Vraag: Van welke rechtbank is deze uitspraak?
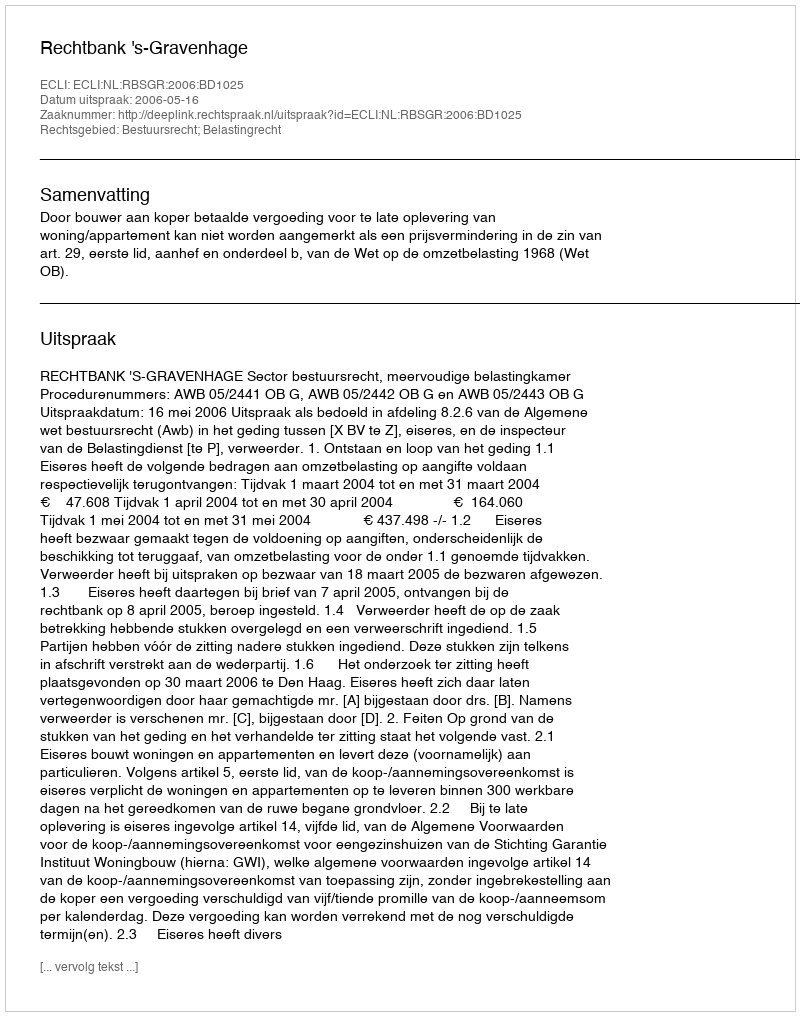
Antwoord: Rechtbank 's-Gravenhage